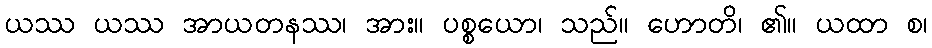
ယဿ ယဿ အာယတနဿ၊ အား။ ပစ္စယော၊ သည်။ ဟောတိ၊ ၏။ ယထာ စ၊